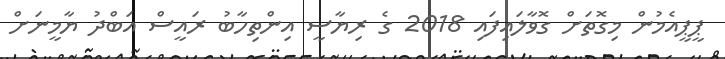
ޕީޕީއެމުން މިގޮތަށް ގޮވާލައިފައި 2018 ގެ ރިޔާސީ އިންތިހާބު ރައީސް އަބްދު ޔާމީނަށް